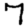
Digit: 7